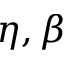
\eta , \beta